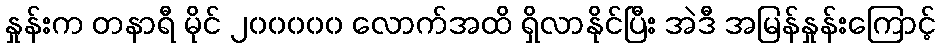
နှုန်းက တနာရီ မိုင် ၂၀၀၀၀၀ လောက်အထိ ရှိလာနိုင်ပြီး အဲဒီ အမြန်နှုန်းကြောင့်